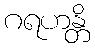
ဂရဟန္တိ